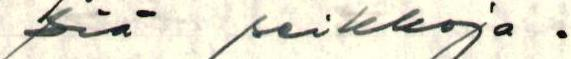
siä seikkoja .